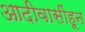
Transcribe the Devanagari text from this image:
आदीवासींहून